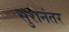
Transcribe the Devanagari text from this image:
सुरानंतर